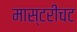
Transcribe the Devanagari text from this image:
मास्टरीचट